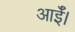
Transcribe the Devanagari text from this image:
आईँ।